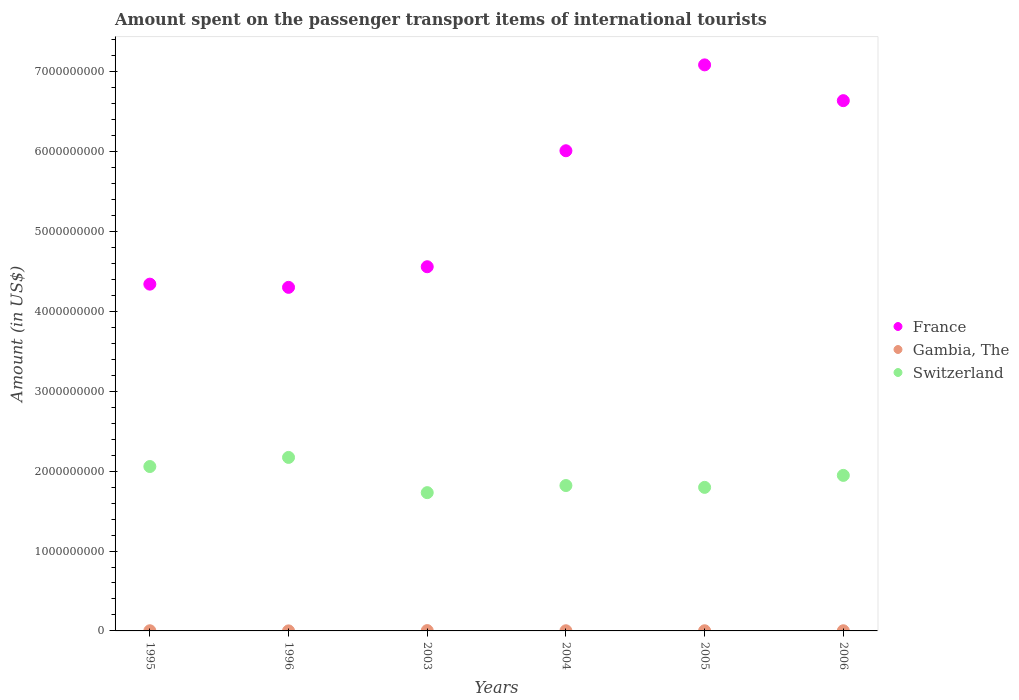
| Years | France | Gambia, The | Switzerland |
 | --- | --- | --- | --- |
 | 1995 | 4.34e+09 | 2e+06 | 2.06e+09 |
 | 1996 | 4.3e+09 | 5e+05 | 2.17e+09 |
 | 2003 | 4.56e+09 | 4e+06 | 1.73e+09 |
 | 2004 | 6.01e+09 | 2e+06 | 1.82e+09 |
 | 2005 | 7.09e+09 | 2e+06 | 1.8e+09 |
 | 2006 | 6.64e+09 | 2e+06 | 1.95e+09 |